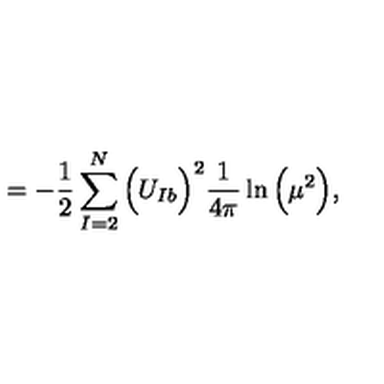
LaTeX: = - \frac { 1 } { 2 } \sum _ { I = 2 } ^ { N } \Big ( U _ { I b } \Big ) ^ { 2 } \frac { 1 } { 4 \pi } \ln \Big ( \mu ^ { 2 } \Big ) ,